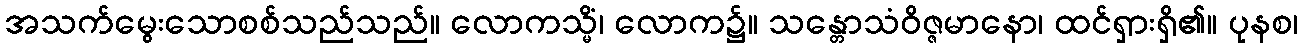
အသက်မွေးသောစစ်သည်သည်။ လောကသ္မိံ၊ လောက၌။ သန္တောသံဝိဇ္ဇမာနော၊ ထင်ရှားရှိ၏။ ပုနစ၊